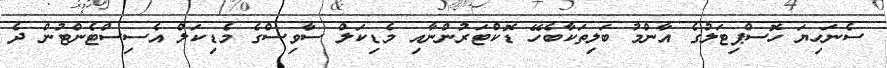
ސެނަހިޔަ ހޮސްޕިޓަލުގެ އާންމު ބަލިތަކާބެހޭ ޑޮކްޓަރުންނާއި މެޑިކަލް ސާވިސްގެ މެޑިކަލް އެސިސްޓެންޓުން ދެ